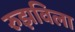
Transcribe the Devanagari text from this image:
रुझविला